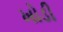
ખોડી